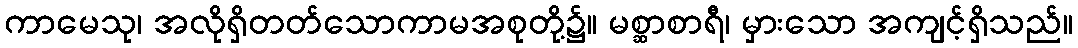
ကာမေသု၊ အလိုရှိတတ်သောကာမအစုတို့၌။ မစ္ဆာစာရီ၊ မှားသော အကျင့်ရှိသည်။